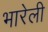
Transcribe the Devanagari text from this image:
भारेली